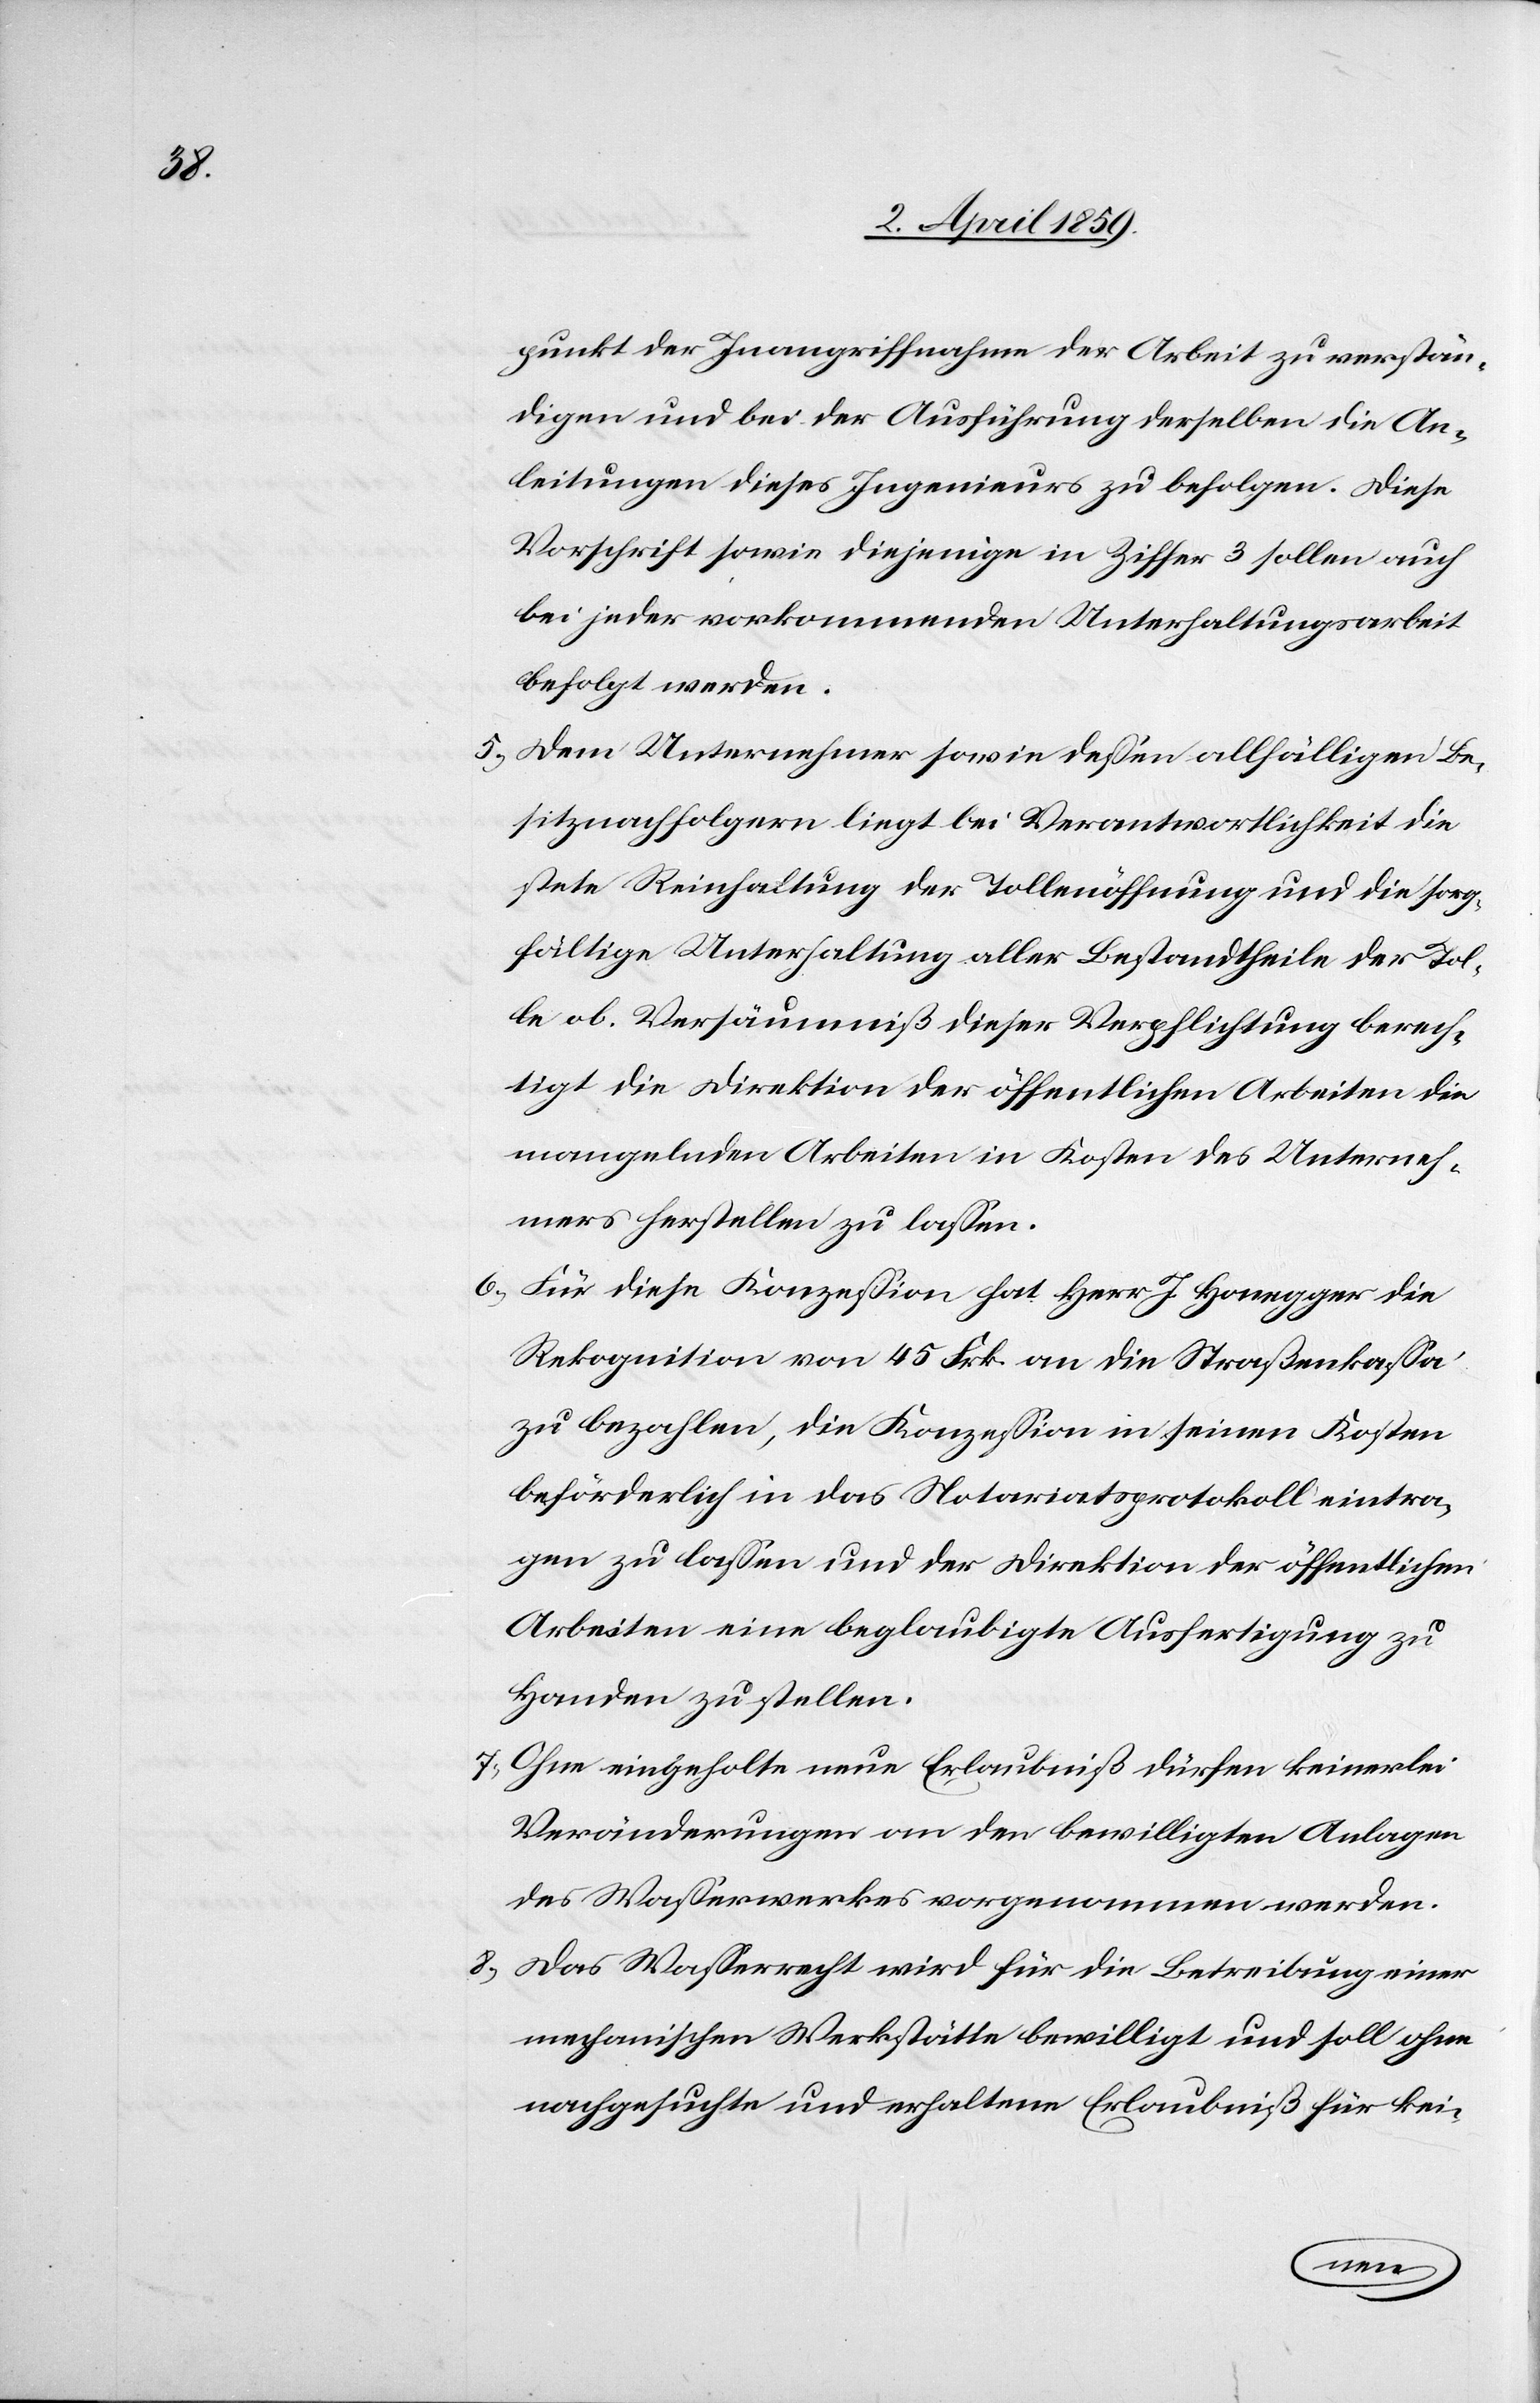
punkt der Inangriffnahme der Arbeit zu verstän¬
digen und bei der Ausführung derselben die An¬
leitungen dieses Ingenieurs zu befolgen. Diese
Vorschrift sowie diejenige in Ziffer 3 sollen auch
bei jeder vorkommenden Unterhaltungsarbeit
befolgt werden.
5) Dem Unternehmer sowie deßen allfälligen Be¬
sitznachfolgern liegt bei Verantwortlichkeit die
stete Reinhaltung der Tollenöffnung und die sorg¬
fältige Unterhaltung aller Bestandtheile der Tol¬
le ab. Versäumniß dieser Verpflichtung berech¬
tigt die Direktion der öffentlichen Arbeiten die
mangelnden Arbeiten in Kosten des Unterneh¬
mers herstellen zu laßen.
6) Für diese Konzeßion hat Herr J. Honegger die
Rekognition von 45 Frk. an die Straßenkaßa
zu bezahlen, die Konzeßion in seinen Kosten
beförderlich in das Notariatsprotokoll eintra¬
gen zu laßen und der Direktion der öffentlichen
Arbeiten eine beglaubigte Ausfertigung zu
Handen zu stellen.
7) Ohne eingeholte neue Erlaubniß dürfen keinerlei
Veränderungen an den bewilligten Anlagen
des Waßerwerkes vorgenommen werden.
8) Das Waßerrecht wird für die Betreibung einer
mechanischen Werkstätte bewilligt und soll ohne
nachgesuchte und erhaltene Erlaubniß für kei-